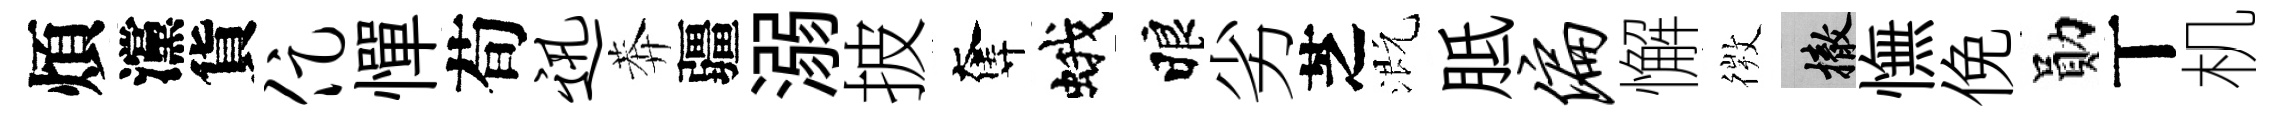
煩灙貨促憚荀迅莾疆溺披奪蛾睱劣芝溉胝偏懈𢕄撤憮俛勛丅机